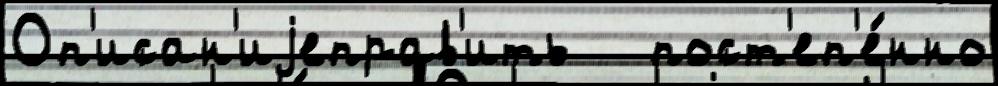
Оп'исан'иjеправ'ить   пост'еп'е́нно